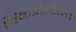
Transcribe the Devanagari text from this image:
डिक्टिओस्टीलियम